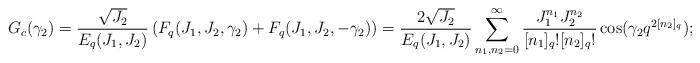
LaTeX: \begin{align*} G_c(\gamma_2) = \frac{\sqrt{J_2}}{E_q(J_1,J_2)}\left( F_q(J_1,J_2,\gamma_2) + F_q(J_1,J_2,-\gamma_2) \right) = \frac{2\sqrt{J_2}}{E_q(J_1,J_2)}\sum_{n_1,n_2 =0 }^\infty \frac{J_1^{n_1}J_2^{n_2}}{[n_1]_q![n_2]_q!}\cos(\gamma_2q^{2[n_2]_q}); \end{align*}